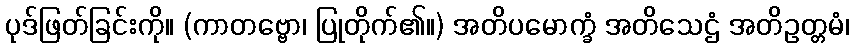
ပုဒ်ဖြတ်ခြင်းကို။ (ကာတဗ္ဗော၊ ပြုတိုက်၏။) အတိပမောက္ခံ အတိသေဌံ အတိဥတ္တမံ၊